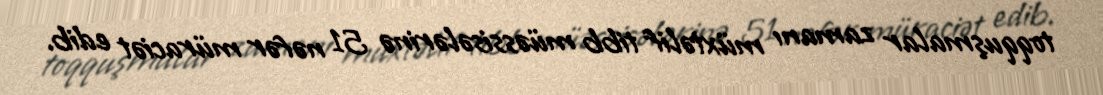
toqquşmalar zamanı müxtəlif tibb müəssisələrinə 51 nəfər müraciət edib.